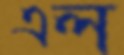
এল